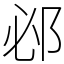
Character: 邲